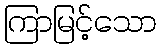
ကြာမြင့်သော